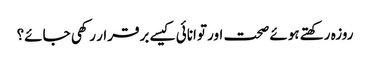
روزہ رکھتے ہوئے صحت اور توانائی کیسے برقرار رکھی جائے؟